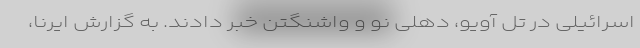
اسرائیلی در تل آویو، دهلی نو و واشنگتن خبر دادند. به گزارش ایرنا،